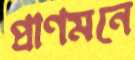
প্রাণমনে